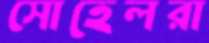
সোহেলরা